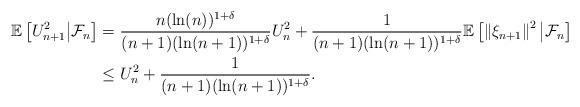
LaTeX: \begin{align*}\mathbb{E}\left[ U_{n+1}^{2} \big| \mathcal{F}_{n} \right] & = \frac{n (\ln (n))^{1+\delta}}{(n+1) (\ln (n+1))^{1+\delta}}U_{n}^{2} + \frac{1}{(n+1) (\ln (n+1))^{1+\delta}}\mathbb{E}\left[ \left\| \xi_{n+1} \right\|^{2}\big| \mathcal{F}_{n} \right] \\& \leq U_{n}^{2} + \frac{1}{(n+1) (\ln (n+1))^{1+\delta}}.\end{align*}